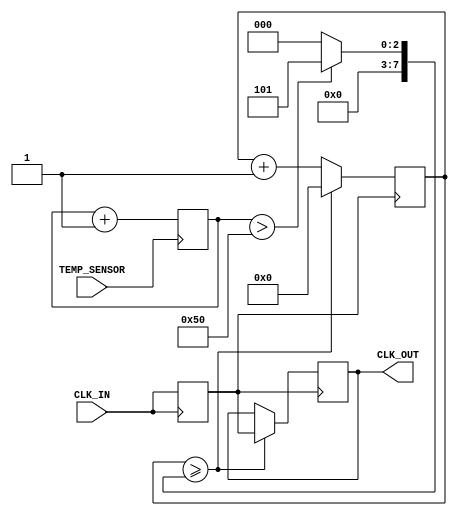
module temp_compensated_clock_buffer (
    input wire CLK_IN,        // Input clock signal
    input wire TEMP_SENSOR,   // Temperature sensor input (digital)
    output wire CLK_OUT       // Compensated output clock signal
);

    // Parameters for compensation logic
    parameter THRESHOLD_TEMP = 8'h50; // Example threshold for temperature
    reg [7:0] compensation_delay; // Delay adjustment based on temperature
    reg clk_out_buffer; // Internal buffered clock signal
    reg [7:0] temp_value; // Simulated temperature value

    // Input Stage: Simple buffer with Schmitt Trigger behavior
    always @(posedge CLK_IN) begin
        clk_out_buffer <= CLK_IN; // Buffering input clock
    end

    // Temperature Sensing: Simulated temperature value for demonstration
    always @(posedge TEMP_SENSOR) begin
        // Simulate reading temperature sensor value
        temp_value <= temp_value + 1; // Increment for simulation
    end

    // Compensation Circuit: Adjust delay based on temperature
    always @(temp_value) begin
        if (temp_value > THRESHOLD_TEMP) begin
            compensation_delay <= 8'd5; // Example compensation value for high temp
        end else begin
            compensation_delay <= 8'd0; // No compensation
        end
    end

    // Output Stage: Generate the compensated clock output
    reg [7:0] counter; // Counter for delay simulation
    always @(posedge clk_out_buffer) begin
        counter <= counter + 1;
        if (counter >= compensation_delay) begin
            CLK_OUT <= clk_out_buffer; // Output the buffered clock
            counter <= 0; // Reset counter
        end
    end

    // Control Logic: Enable or disable compensation features
    // For simplicity, this is omitted; typically, this would involve state machines

endmodule